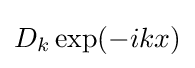
D_{k}\exp(-ikx)